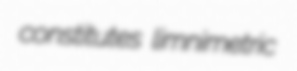
constitutes limnimetric